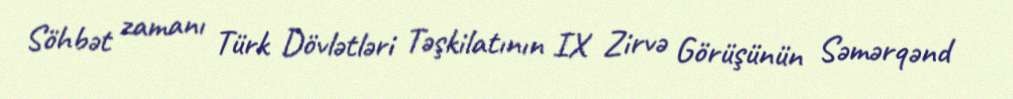
Söhbət zamanı Türk Dövlətləri Təşkilatının IX Zirvə Görüşünün Səmərqənd